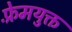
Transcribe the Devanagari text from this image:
फ़्रेमयुक्त